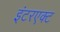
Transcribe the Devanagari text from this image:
इंटरएक्ट